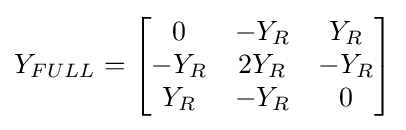
Y_{FULL}={\begin{bmatrix}0&-Y_{R}&Y_{R}\\-Y_{R}&2Y_{R}&-Y_{R}\\Y_{R}&-Y_{R}&0\end{bmatrix}}